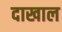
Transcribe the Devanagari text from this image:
दाखाल